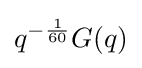
q^{-{\frac {1}{60}}}G(q)